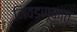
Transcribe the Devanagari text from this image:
निवडणूकात